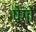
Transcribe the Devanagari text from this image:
पेगों